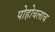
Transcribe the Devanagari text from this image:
पोहोचलाच